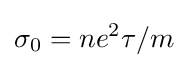
\sigma _{0}=ne^{2}\tau /m